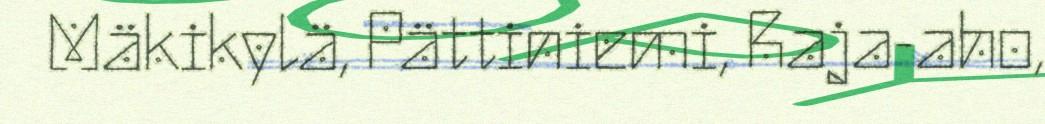
Mäkikylä, Pättiniemi, Raja-aho,